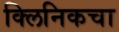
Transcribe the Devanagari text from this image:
क्लिनिकचा